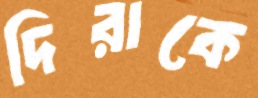
দিরাকে